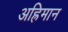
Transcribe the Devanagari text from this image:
अह्रिमान